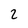
Character: 2